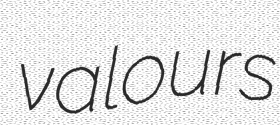
valours